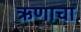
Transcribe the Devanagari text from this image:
ऋणाचा